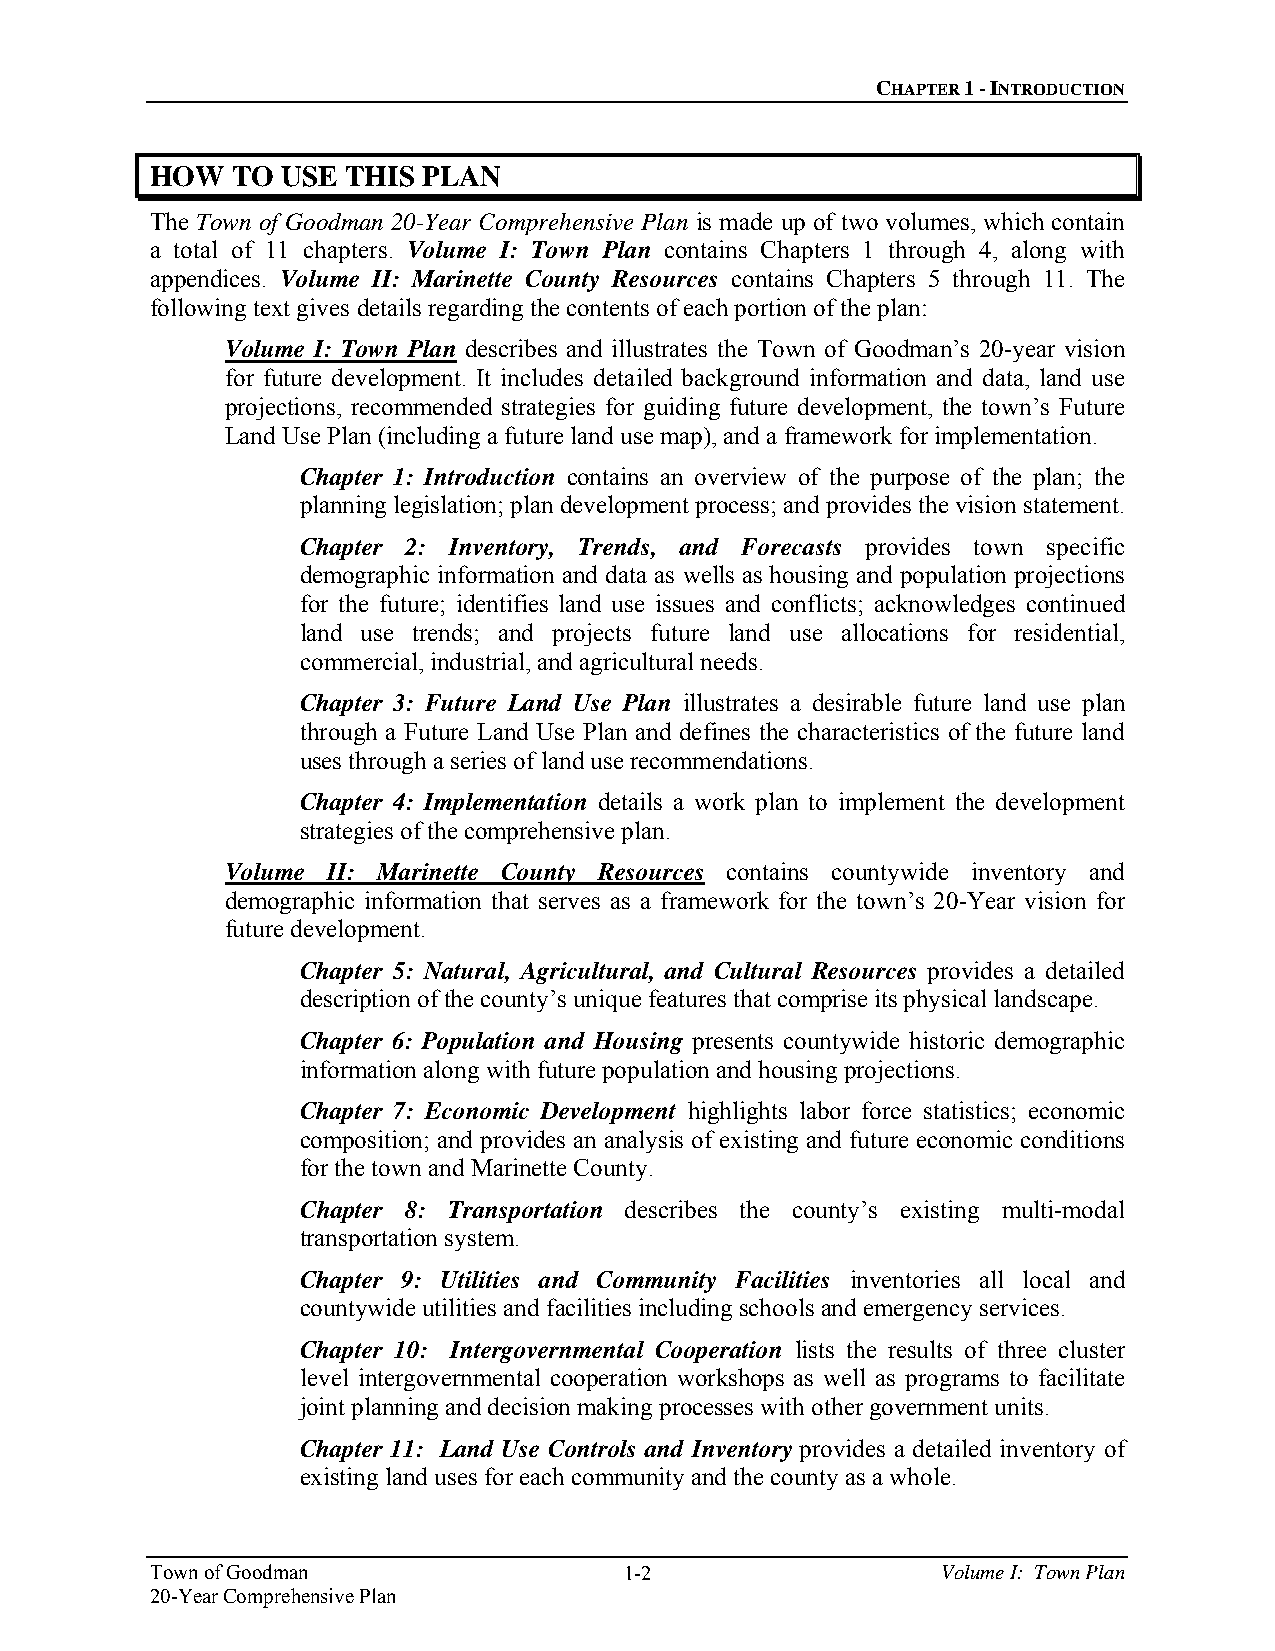
CHAPTER 1 - INTRODUCTION
 HOW  TO  USE THIS PLAN
 The Town of Goodman 20-Year Comprehensive Plan is made up of two volumes, which contain
 a total of 11 chapters. Volume I: Town Plan contains Chapters 1 through 4, along with
 appendices. Volume II: Marinette County Resources contains Chapters 5 through 11. The
 following text gives details regarding the contents of each portion of the plan:
 Volume I: Town Plan describes and illustrates the Town of Goodman’s 20-year vision
 for future development. It includes detailed background information and data, land use
 projections, recommended strategies for guiding future development, the town’s Future
 Land Use Plan (including a future land use map), and a framework for implementation.
 Chapter 1: Introduction contains an overview of the purpose of the plan; the
 planning legislation; plan development process; and provides the vision statement.
 Chapter 2: Inventory, Trends, and Forecasts provides town specific
 demographic information and data as wells as housing and population projections
 for the future; identifies land use issues and conflicts; acknowledges continued
 land use trends; and projects future land use allocations for residential,
 commercial, industrial, and agricultural needs.
 Chapter 3: Future Land Use Plan illustrates a desirable future land use plan
 through a Future Land Use Plan and defines the characteristics of the future land
 uses through a series of land use recommendations.
 Chapter 4: Implementation details a work plan to implement the development
 strategies of the comprehensive plan.
 Volume II: Marinette County Resources contains countywide inventory and
 demographic information that serves as a framework for the town’s 20-Year vision for
 future development.
 Chapter 5: Natural, Agricultural, and Cultural Resources provides a detailed
 description of the county’s unique features that comprise its physical landscape.
 Chapter 6: Population and Housing presents countywide historic demographic
 information along with future population and housing projections.
 Chapter 7: Economic Development highlights labor force statistics; economic
 composition; and provides an analysis of existing and future economic conditions
 for the town and Marinette County.
 Chapter 8: Transportation describes the county’s existing multi-modal
 transportation system.
 Chapter 9: Utilities and Community Facilities inventories all local and
 countywide utilities and facilities including schools and emergency services.
 Chapter 10: Intergovernmental Cooperation lists the results of three cluster
 level intergovernmental cooperation workshops as well as programs to facilitate
 joint planning and decision making processes with other government units.
 Chapter 11: Land Use Controls and Inventory provides a detailed inventory of
 existing land uses for each community and the county as a whole.
 Town of Goodman                1-2                  Volume I: Town Plan
 20-Year Comprehensive Plan